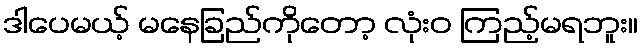
ဒါပေမယ့် မနေခြည်ကိုတော့ လုံးဝ ကြည့်မရဘူး။